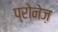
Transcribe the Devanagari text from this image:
प्रोनेज़